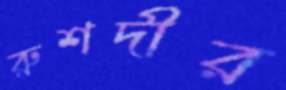
রুশদীর